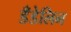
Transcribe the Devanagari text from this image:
डँडेलिन